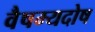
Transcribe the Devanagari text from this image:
वैषम्यदोष